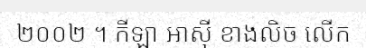
២០០២ ។ កីឡា អាស៊ី ខាងលិច លើក